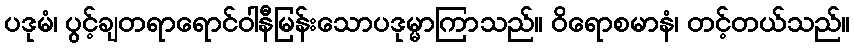
ပဒုမံ၊ ပွင့်ချတရာရောင်ဝါနီမြန်းသောပဒုမ္မာကြာသည်။ ဝိရောစမာနံ၊ တင့်တယ်သည်။